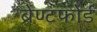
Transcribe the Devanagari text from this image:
ब्रेण्टफोर्ड